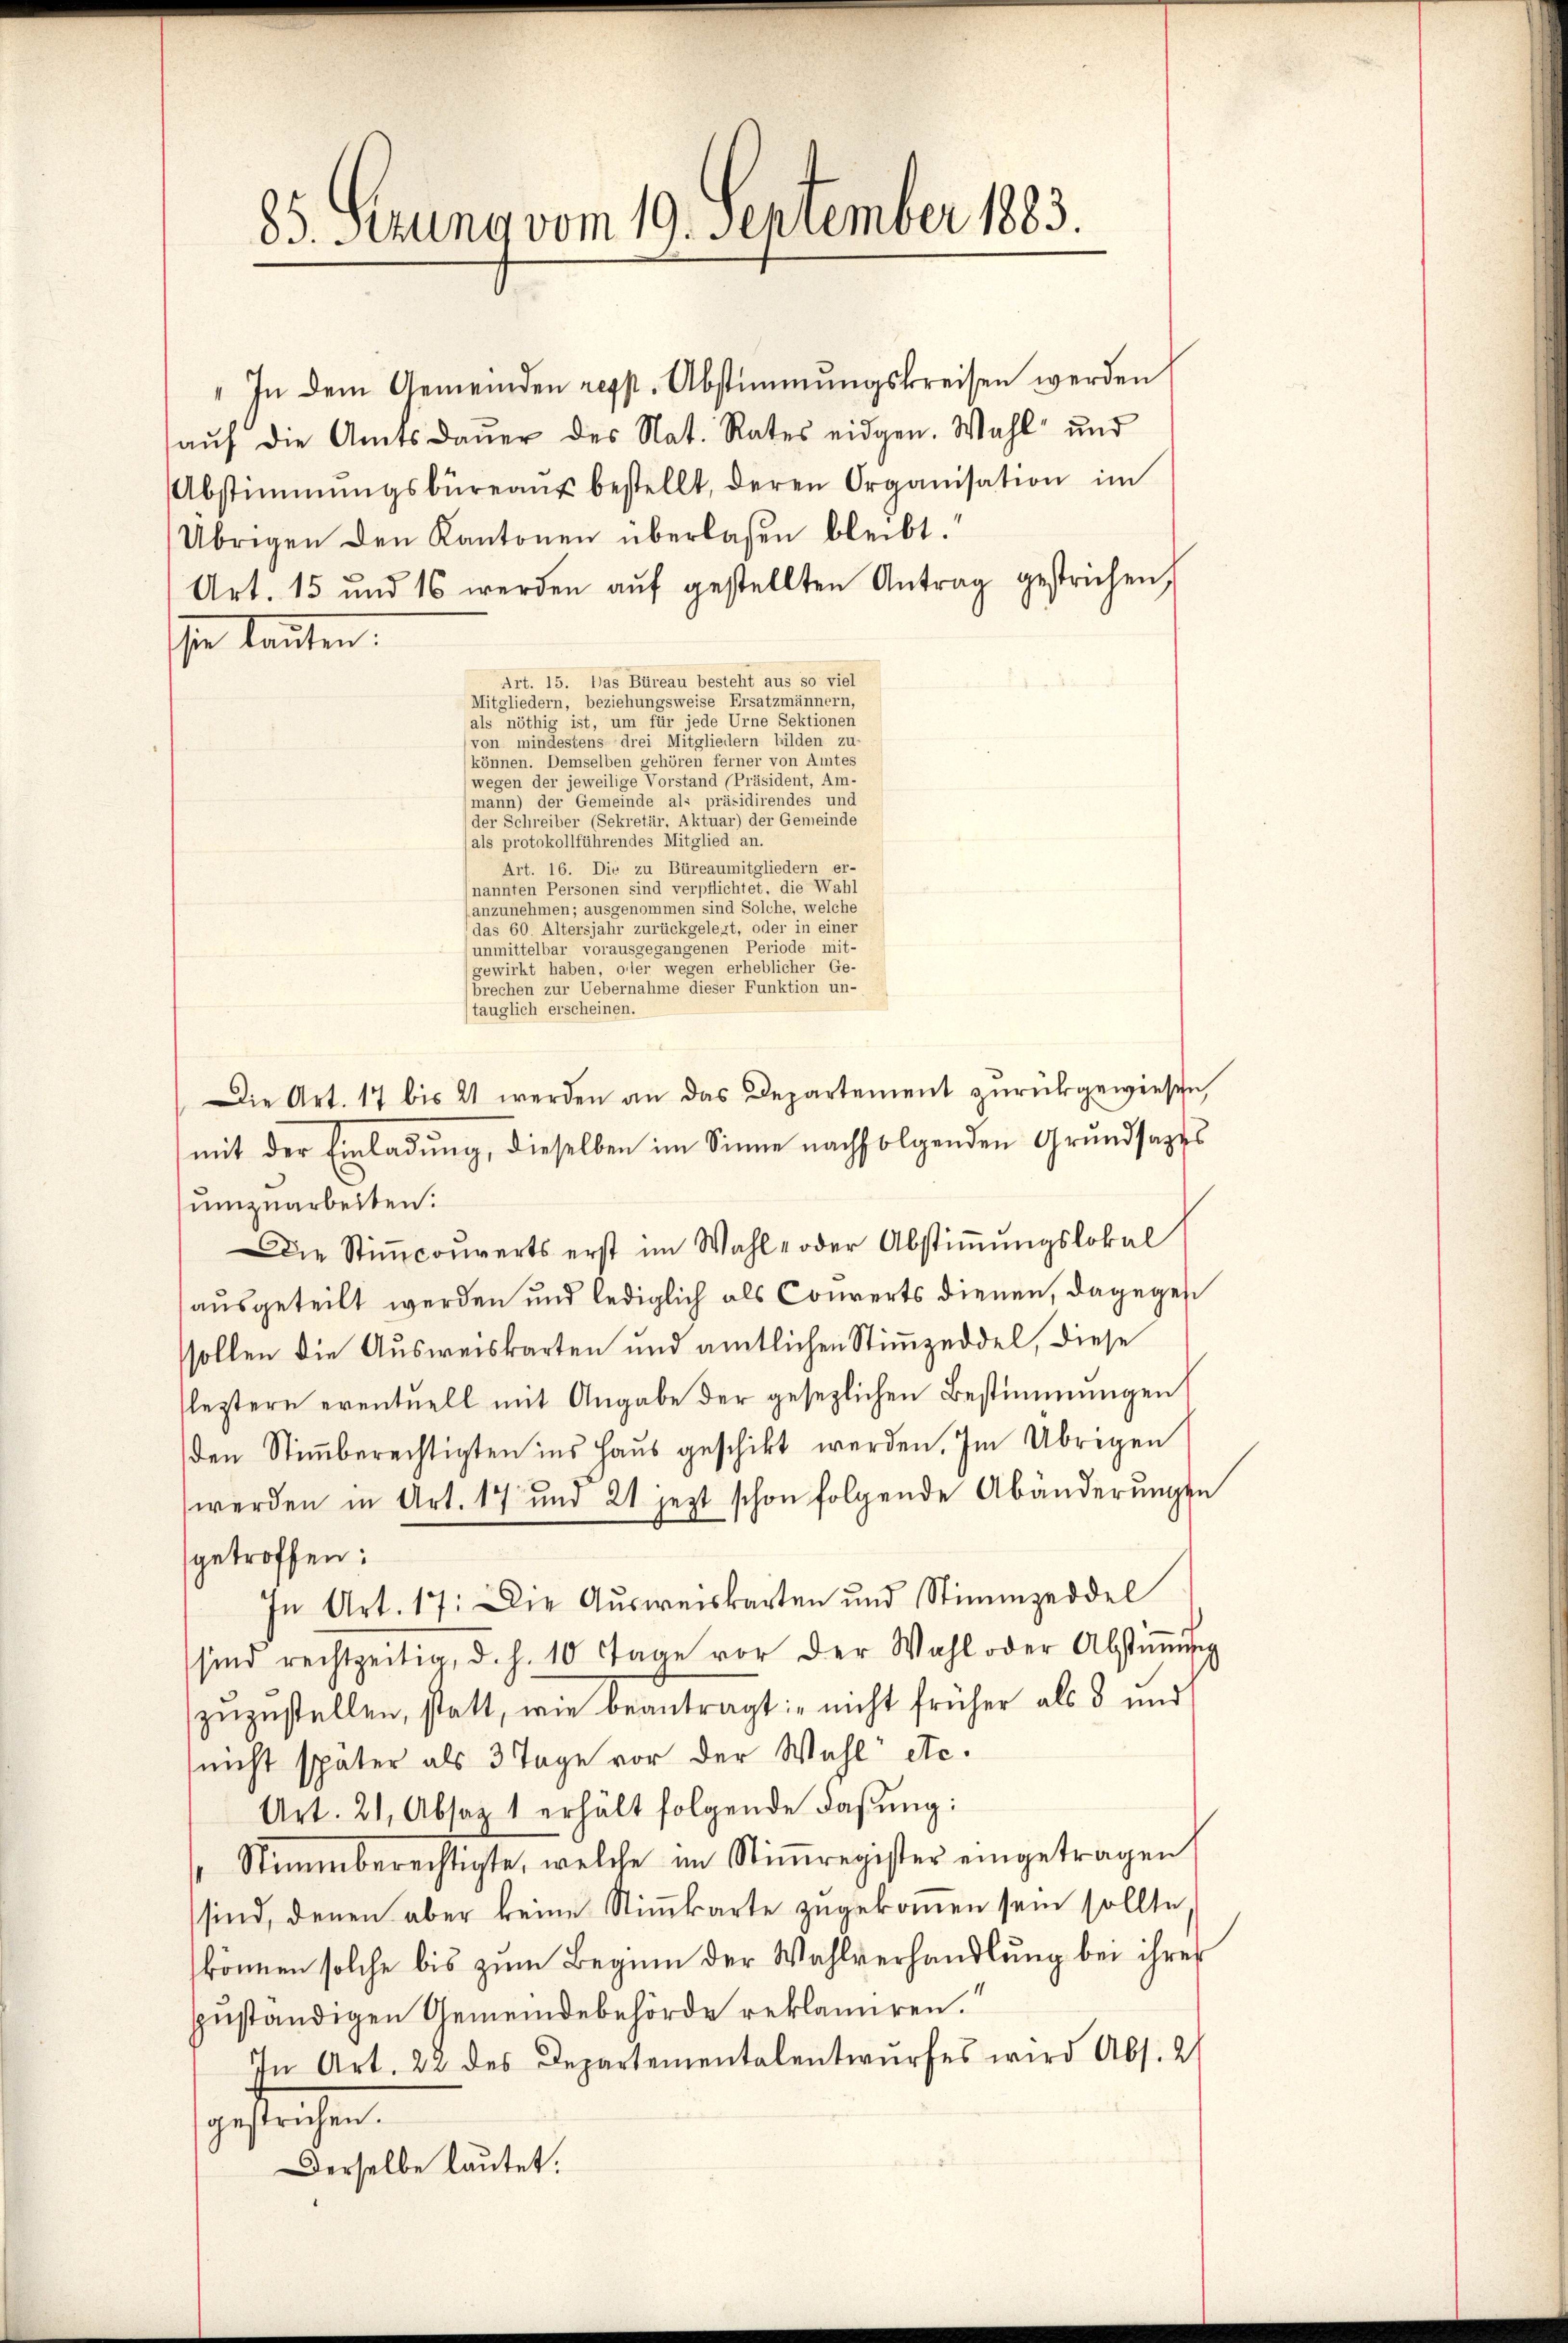
85. Ferung vom 19. September 1883.

" In dem Gemeinden resp. Abstimmungskreisen werden
aŭf die Amtsdaŭer des Nat. Rates eidgen. Wahl und
Abstimmungsbüreaŭs bestellt, deren Organisation im
Übrigen den Kantonen überlassen bleibt.
Art. 15 und 16 werden aŭf gestellten Antrag gestrichen,
In kannten.
Art. 15. Das Büreau besteht aus so viel
Mitgliedern, beziehungsweise Ersatzmännern,
als nöthig ist, um für jede Urne Sektionen
(von mindestens drei Mitgliedern bilden zu-
können. Demselben gehören ferner von Amtes
wegen der jeweilige Vorstand (Präsident, Am-
mann) der Gemeinde als präsidirendes und
der Schreiber (Sekretär, Aktuar) der Gemeinde
(als protokollführendes Mitglied an.
Art. 16. Die zu Büreaumitgliedern er-
(nannten Personen sind verpflichtet, die Wahl
anzunehmen; ausgenommen sind Solche, welche
(das 60. Altersjahr zurückgelegt, oder in einer
unmittelbar vorausgegangenen Periode mit-
gewirkt haben, oder wegen erheblicher Ge-
brechen zur Uebernahme dieser Funktion un-
tauglich erscheinen.
Die Art. 17 bis 21 werden an das Departement zurückgewiesen,
mit der Einladung, dieselben im Sinne nachfolgenden Grundsazes
umzuarbeiten.
Die Stiṁcouverts erst im Wahl- oder Abstiṁŭngslokal
ausgeteilt werden und lediglich als Converts dienen, dagegen
sollen die Ausweiskarten und amtlichen Stimmzeddel, diese
leztern eventuell mit Angabe der gesezlichen Bestimmungen
den Stimmberechtigten ins Haus geschikt werden. Im Übrigen
werden in Art. 17 und 21 jezt schon folgende Abänderŭngen
getroffen:
In Art. 17. Die Aŭsweiskarten und Stimmzeddel
sind rechtzeitig, d. h. 10 Tage vor der Wahl oder Abstiṁŭng
zuzustellen, statt, wie beantragt: "nicht früher als 3 und
nicht später als 3 Tage vor der Wahl etc.
Art. 21, Absaz 1 erhält folgende Faßung:
 Stimmberechtigte, welche im Stiṁregister eingetragen,
sind, denen aber keine Stiṁkarte zugekommen sein sollte
können solche bis zum Beginn der Wahlverhandlung bei ihrer
zuständigen Gemeindebehörde reklamiren.“
In Art. 22 des Departementalentwurfes wird Abs. 2
gestrigen.
Derselbe lautet.